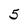
Character: 5